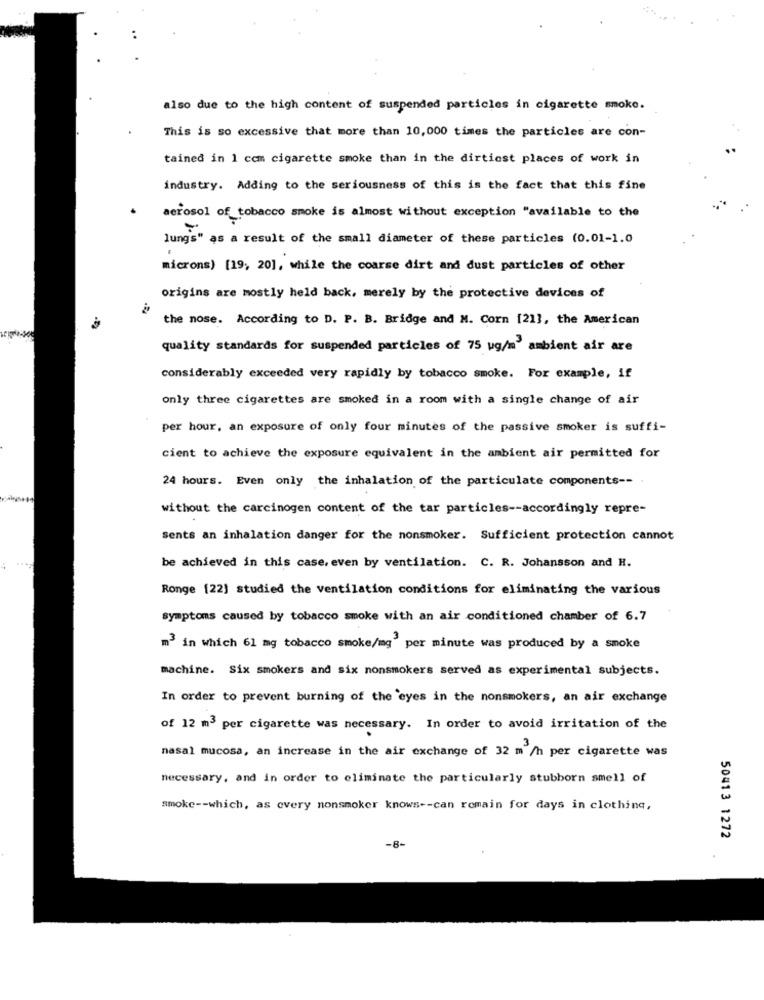
also due to the high content of suspended particles in cigarette smoke.
This is so excessive that more than 10, 000 times the particles are con-
tained in 1 ccm cigarette smoke than in the dirtiest places of work in
industry. Adding to the seriousness of this is the fact that this fine
aerosol of_tobacco smoke is almost without exception "available to the
lungs" as a result of the small diameter of these particles (0.01-1.0
microns) [19, 20], while the coarse dirt and dust particles of other
origins are mostly held back, merely by the protective devices of
the nose. According to D. P. B. Bridge and M. Corn [21], the American
quality standards for suspended particles of 75 vg/m ambient air are
considerably exceeded very rapidly by tobacco smoke. For example, if
only three cigarettes are smoked in a room with a single change of air
per hour, an exposure of only four minutes of the passive smoker is suffi-
cient to achieve the exposure equivalent in the ambient air permitted for
24 hours. Even only the inhalation of the particulate components --
without the carcinogen content of the tar particles -- accordingly repre-
sents an inhalation danger for the nonsmoker. Sufficient protection cannot
be achieved in this case, even by ventilation. C. R. Johansson and H.
Ronge [22] studied the ventilation conditions for eliminating the various
symptoms caused by tobacco smoke with an air conditioned chamber of 6.7
m3 in which 61 mg tobacco smoke/mg" per minute was produced by a smoke
machine. Six smokers and six nonsmokers served as experimental subjects.
In order to prevent burning of the eyes in the nonsmokers, an air exchange
of 12 m3 per cigarette was necessary. In order to avoid irritation of the
nasal mucosa, an increase in the air exchange of 32 m /h per cigarette was
necessary, and in order to eliminate the particularly stubborn smell of
smoke -- which, as every nonsmoker knows -- can remain for days in clothing,
50413 1272
-8-